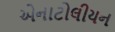
એનાટોલીયન